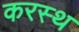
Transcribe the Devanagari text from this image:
करस्थ